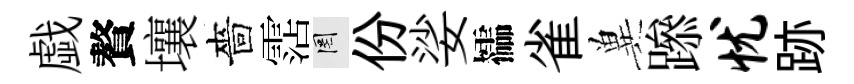
戯贅壤嗇霑罔份娑櫺雀兾𨅶忧跡